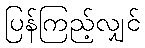
ပြန်ကြည့်လျှင်